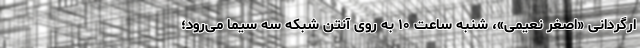
ارگردانی «اصغر نعیمی»، شنبه ساعت ۱۰ به روی آنتن شبکه سه سیما می‌رود؛